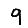
Digit: 9